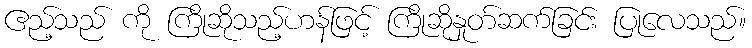
ဧည့်သည် ကို ကြိုဆိုသည့်ဟန်ဖြင့် ကြိုဆိုနှုတ်ဆက်ခြင်း ပြုလေသည်။